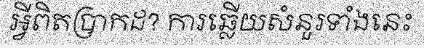
អ្វីពិតប្រាកដ? ការឆ្លើយសំនួរទាំងនេះ